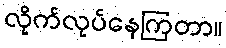
လိုက်လုပ်နေကြတာ။